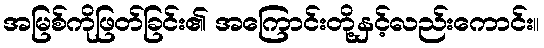
အမြစ်ကိုဖြတ်ခြင်း၏ အကြောင်းတို့နှင့်လည်းကောင်း။